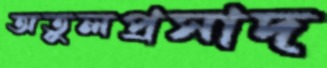
অতুলপ্রসাদ